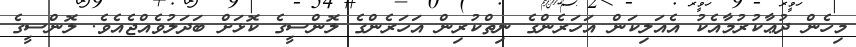
މިހެން ދުޢާކުރުމާއެކު އެއަލިކަން އަހަރެންގެ ނިތްކުރިން އަަހަރެންގެ ލޮންސީގެ ކޮޅަށް ބަދަލުވެއްޖެއެވެ. ލޮންސީގެ